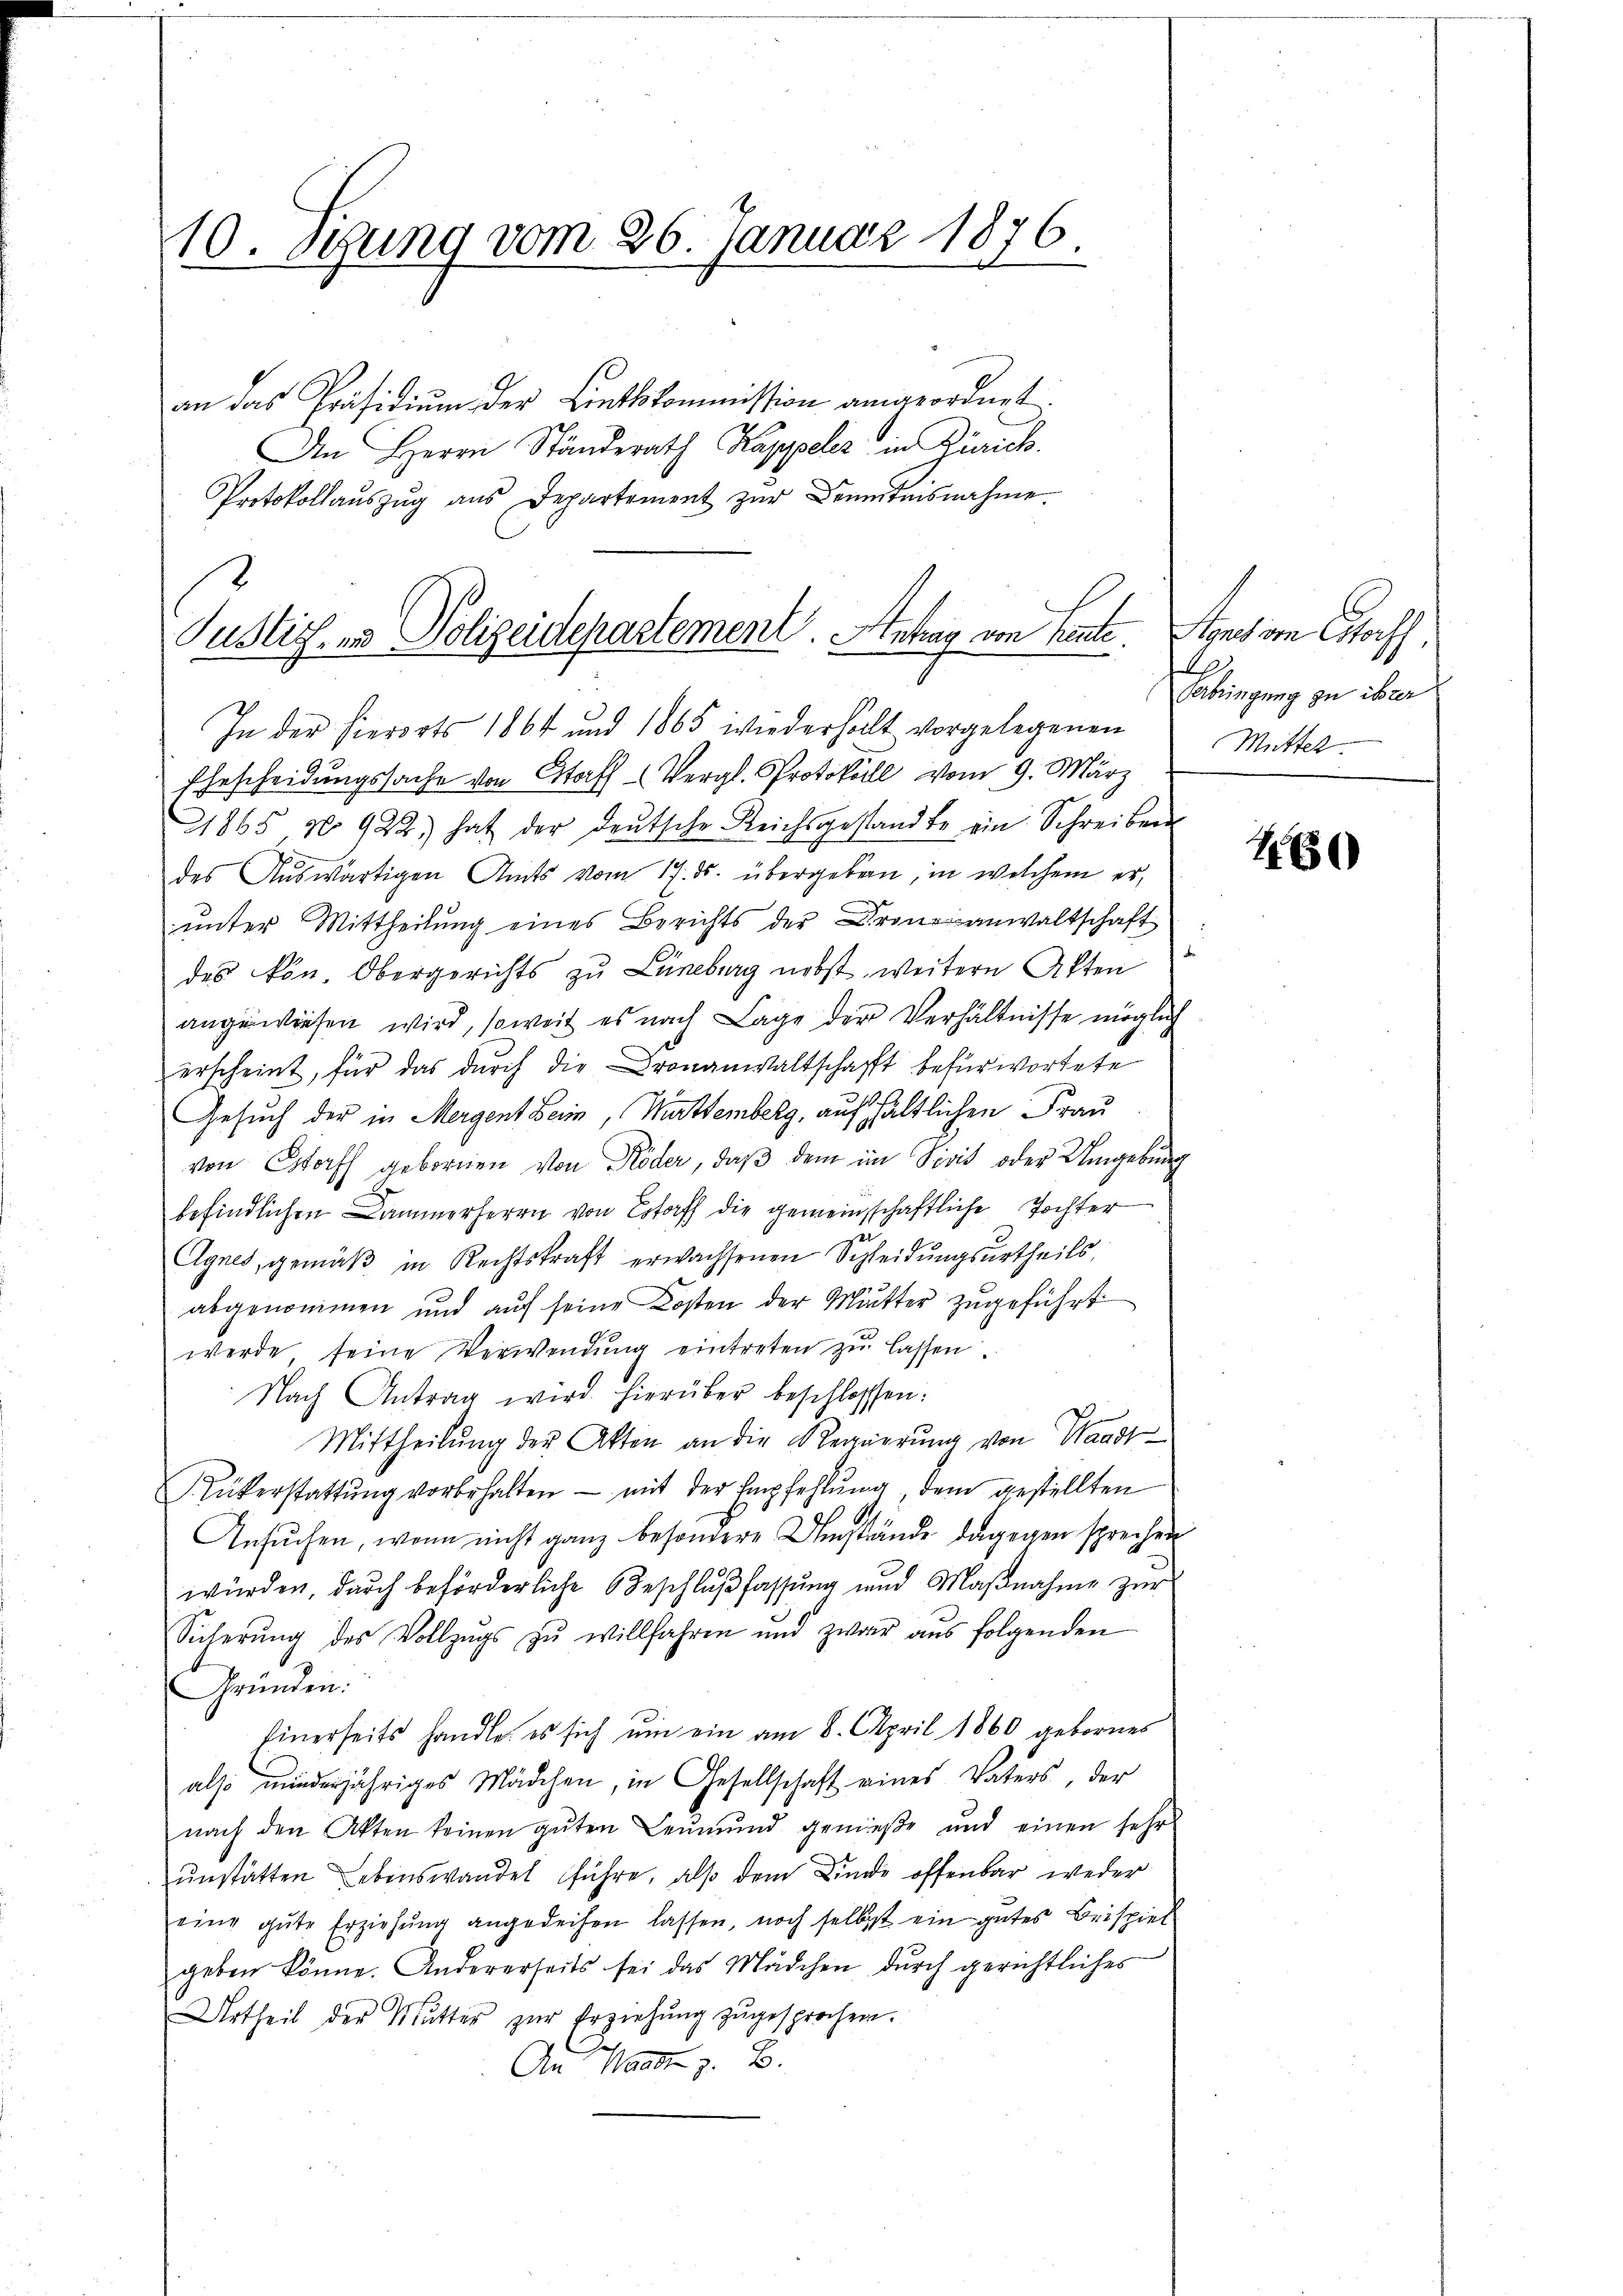
10. Sizung vom 26. Januar 1876.

an das Präsidiŭm der Linthkommission angeordnet.
An Herrn Ständerath Kappeler in Zürich.
Protokollaŭszŭg aŭs Departement zŭr Benntnisnahme

Justiz, in Polizeidepartement Antrag von heute

In der hierorts 1864 und 1865 wiederholt vorgelegenen
Ehescheidungssache von Staff Vergl. Protokoll vom 9. März
1865 No 922, hat der deutsche Reichsgestandte ein Schreiben
des Auswärtigen Amts vom 17. ds. übergeben, in welchem er,
ŭnter Mittheilŭng eines Berichts der Dronsanwaltschaft
des von Obergerichts zu Lüneburg nebst weitern Akten
angewiesen wird, soweit es nach Lage der Verhältnisse möglich
erscheint, für das durch die Kronanwaltschafft befürwortete
Gesuch der in Mergent Heim, Württemberg, auf hältlichen Frau
von Stoff gebornen von Röder, daß dem im Sicis oder Umgebung
befindlichen Dammerherrn von Estoff die gemeinschaftliche Tochter
Agnes, gemäß in Rechtskraft erwachsenen Schleidungsurtheils,
abgenommen und auf seine Kosten der Mutter zugeführt
werde, seine Verwendŭng eintreten zŭ lassen.
Nach Antrag wird hierüber beschlossen:
Mittheilŭng der Akten an die Regierŭng von Waadt
Rükerstattŭng vorbehalten - mit der Empfehlŭng dem gestellten
Ansŭchen, wenn nicht ganz besondere Umstände dagegen sprechen
würden, durch beförderliche Beschlußfassung und Maβnahme zŭr
Sicherŭng des Vollzŭgs zŭ willfahren und zwar aus folgenden
Gründen:
Einerseits handle, es sich um ein am 8. April 1860 gebornes
also minderjähriges Mädchen, in Gesellschaft eines Vaters, der
nach den Akten keinen gŭten Leŭmŭnd genieße und einen sehr
unstatten Lebenswandel führe, als dem Kinde offenbar weder
eine gute Erziehung angedeihen lassen, noch selbst ein gutes Beispiel
geben könne. Andererseits sei das Mädchen dŭrch gerichtliches
Urtheil der Mutter zŭr Erziehŭng zugesprochen.
An Waadt z. B.

Sonst im Coiff
.
Ferbringung zu ihrer
Mittel

160